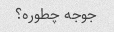
جوجه چطوره؟